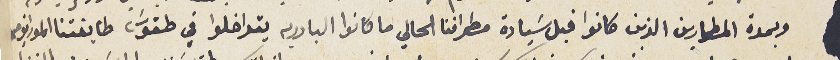
وبمدة المطارين الذين كانوا قبل سَيادة مطراننا الحالي ما كانوا البادريه يتداخلوا في طقوسَ طابفتنا الموارني